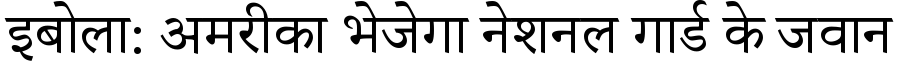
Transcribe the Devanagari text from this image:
इबोला: अमरीका भेजेगा नेशनल गार्ड के जवान